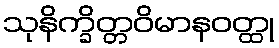
သုနိက္ခိတ္တဝိမာနဝတ္ထု